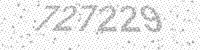
Solution: 727229